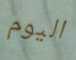
اليوم